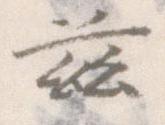
茲